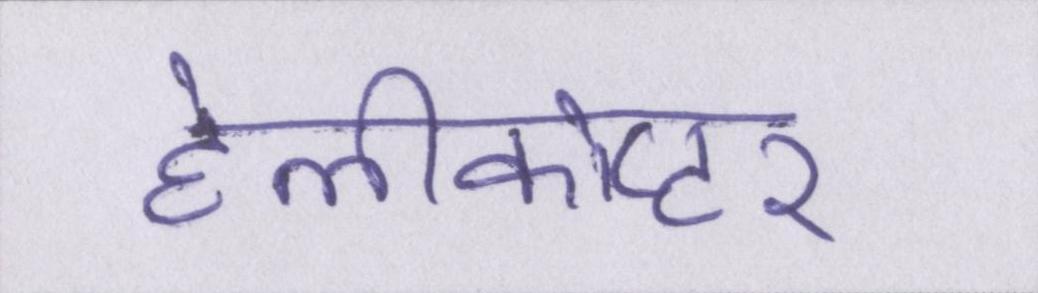
हेलीकोप्टर